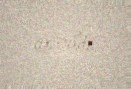
çıxarıldı.